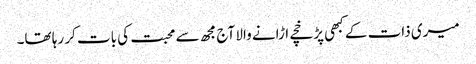
میری ذات کے کبھی پڑخچے اڑانے والا آج مجھ سے محبت کی بات کر رہا تھا۔